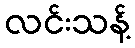
လင်းသန့်